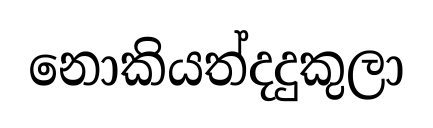
නොකියත්දදුකුලා